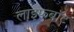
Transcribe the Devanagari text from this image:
लाइफबाॅट